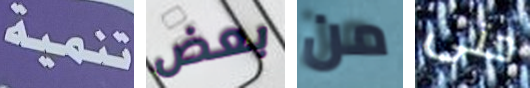
تنمية بعض من حتى